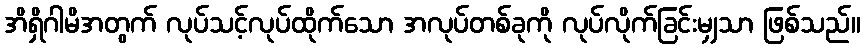
အိရှိဂါမိအတွက် လုပ်သင့်လုပ်ထိုက်သော အလုပ်တစ်ခုကို လုပ်လိုက်ခြင်းမျှသာ ဖြစ်သည်။